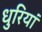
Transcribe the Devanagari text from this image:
धुरियां